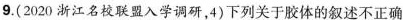
9.(2020浙江名校联盟入学调研，4)下列关于胶体的叙述不正确